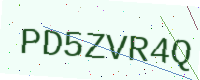
Text: PD5ZVR4Q